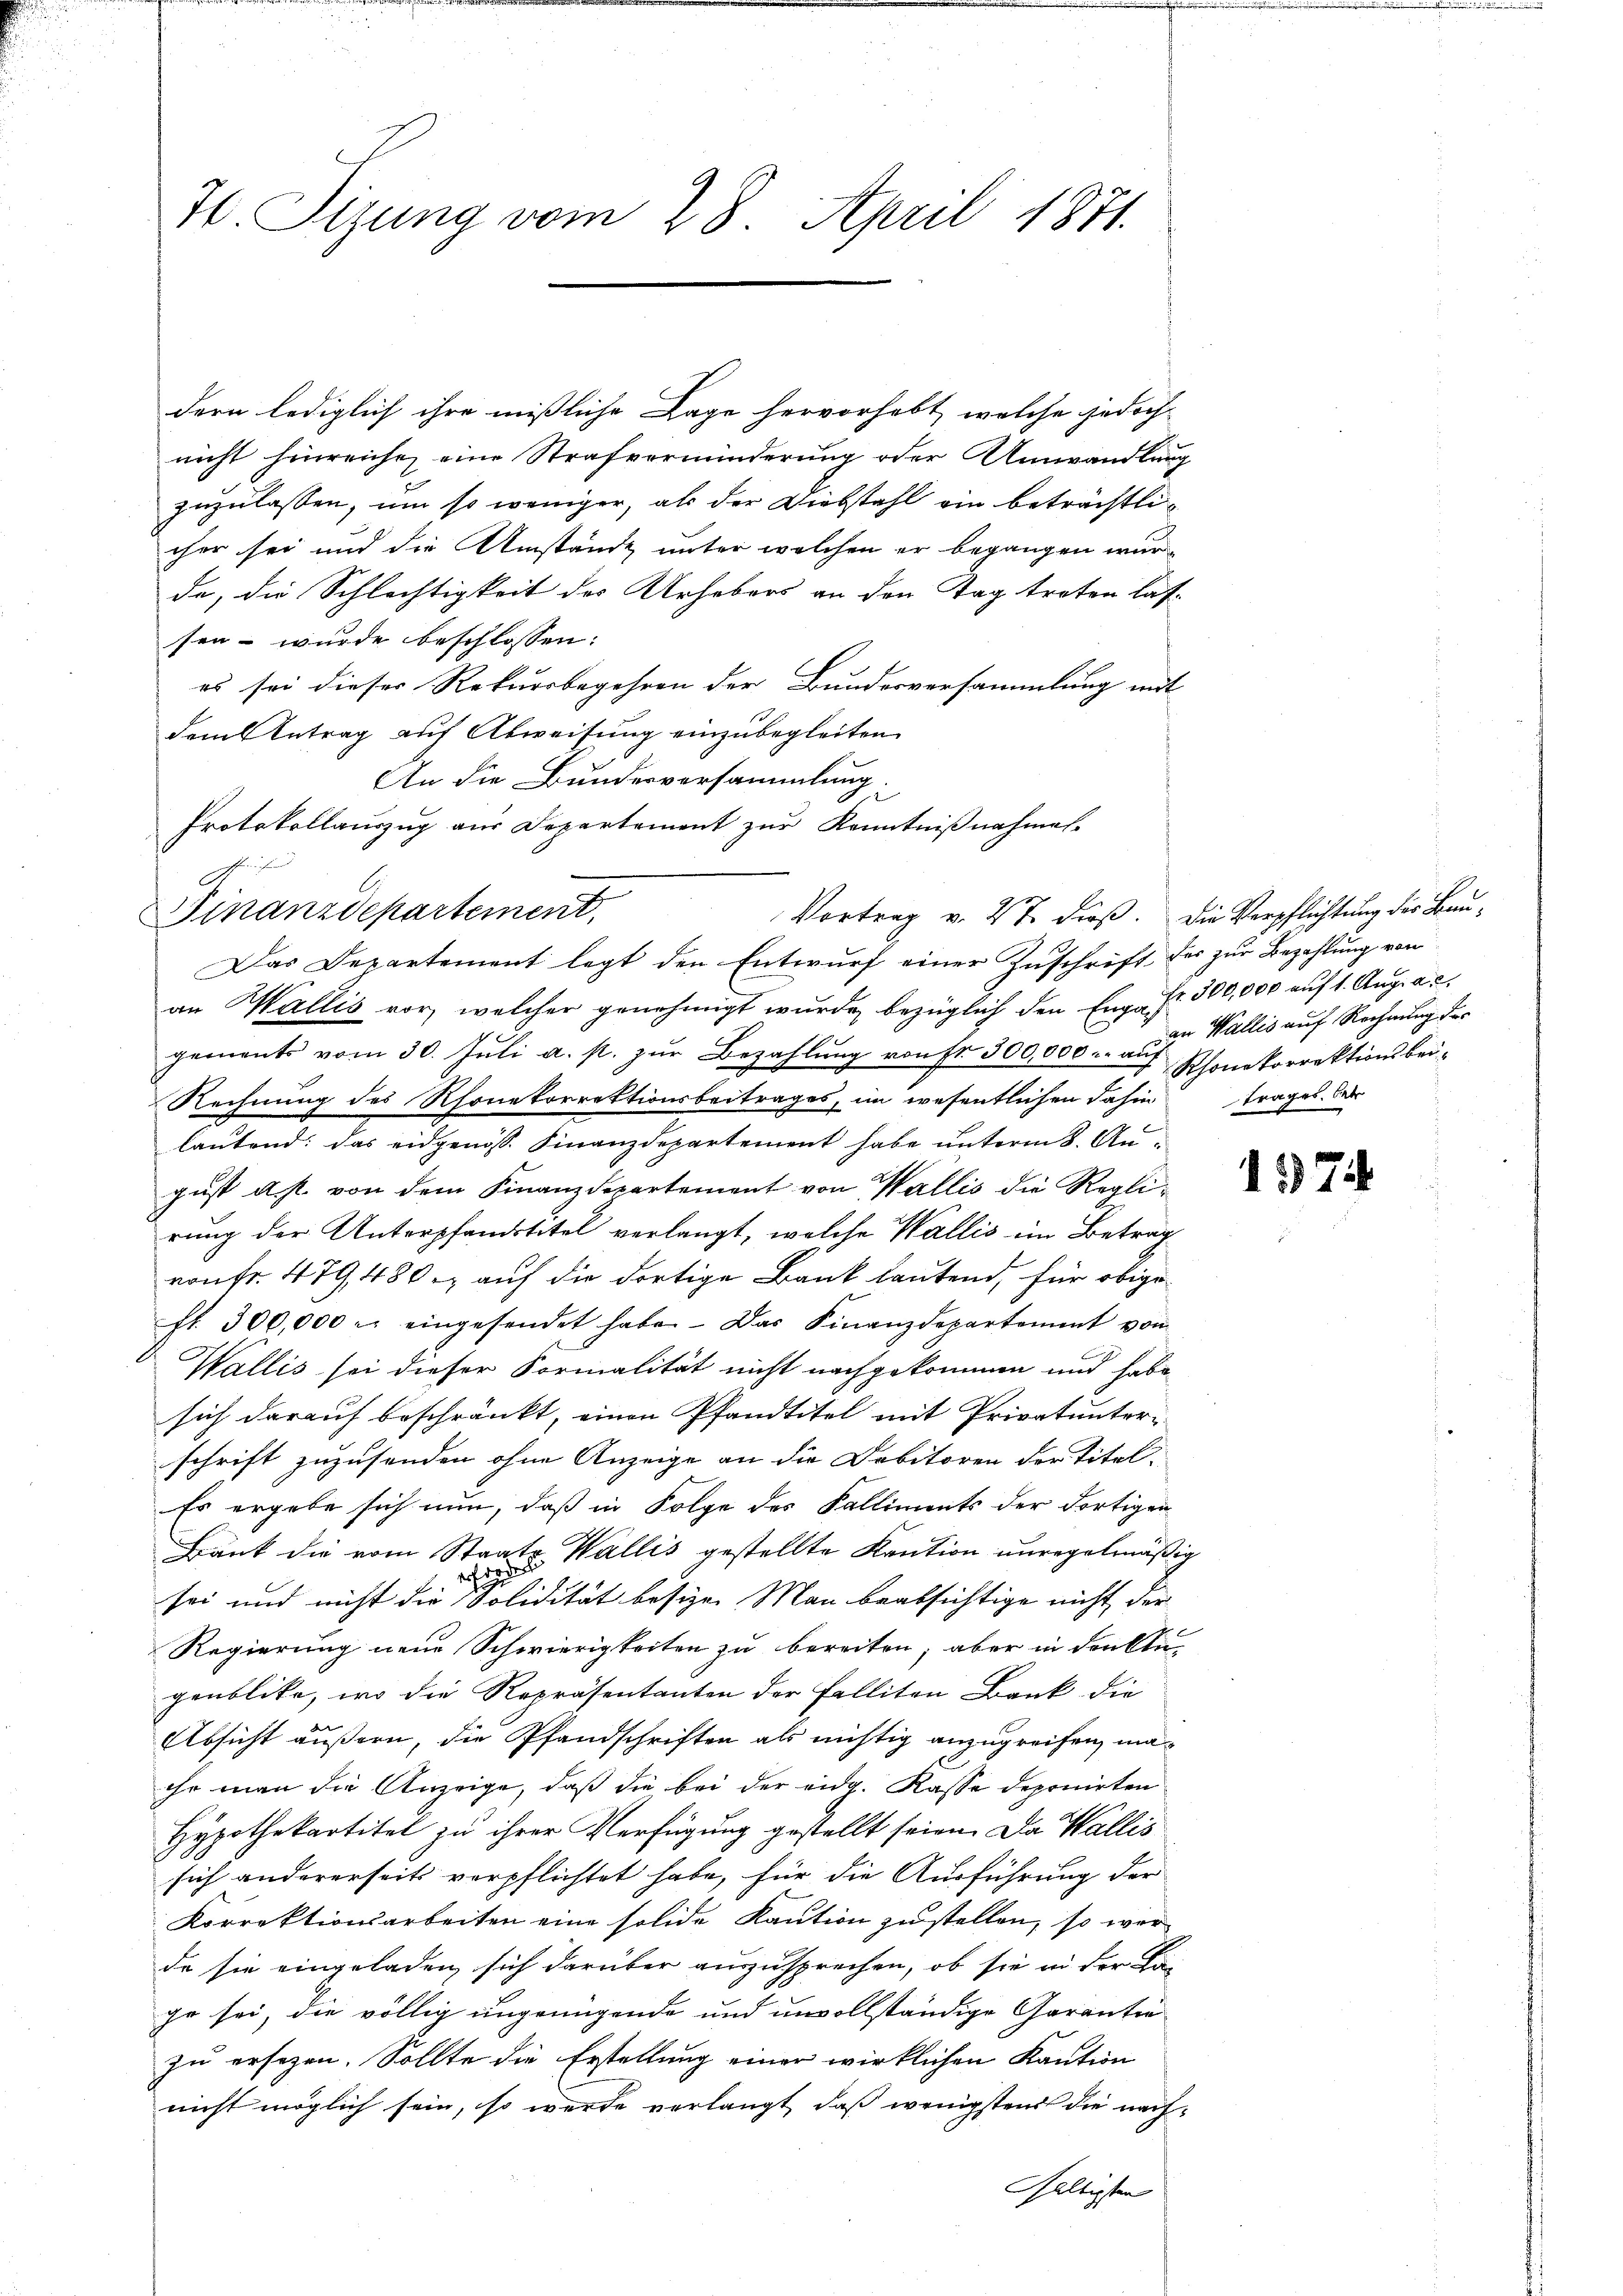
I Sizung vom 28. April 1871.

dern lediglich ihre mißliche Lage hervorhebt, welche jedoch
nicht hinreiche, eine Strafverminderung oder Umwandlung
zuzulassen, um so weniger, als der Diebstahl ein beträchtlicher sei und die Umstände unter welchen er begangen wurde, die Schlechtigkeit des Urhebers an den Tag treten las-
sen wurde beschlossen:
es sei dieser Rekursbegehren der Bundesversammlung mit
dem Antrag auf Abweisung einzubegleiten.
An die Bundesversammlung.
Protokollauszug aus Departement zur Kenntnißnahmes-
e
Finanzdepartement,
Das Departement legt den Entwurf einer Zuschrift des zur Bezahlung von
an Wallis vor, welcher genehmigt wurde, bezüglich den Engad. 300,000 auf 1. Aug. a. 2.
gements vom 30. Jŭli a. p. zŭr Bezahlŭng von Fr. 300,000. aŭf Rhonkorrektionsbei-
Rechnung des Rhonetorrektionsbeitrages, im wesentlichen dahin
lautend: das eidgenöss. Finanzdepartement habe unterm 8. August a. p. von dem Finanzdepartement von Wallis die Reglirung der Unterpfandstitel verlangt, welche Wallis im Betrag
von fr. 479, 480. auf die dortige Bank lautend, für obige
fl. 300,000 r. eingesendet habe. Das Finanzdepartement vom
Wallis sei dieser Formalität nicht nachgekommen und habe
sich darauf beschränkt, einen Pfandtitel mit Privatunterschrift zuzusenden ohne Anzeige an die Debitoren der Titel-
Es ergebe sich nun, daß in Folge des Falliments der dortigen
Bank die vom Staats- Wallis gestellte Kaution unregelmäßig
r
sei und nicht die Solidität besizen Man beabsichtige nicht der
Regierung neue Schwierigkeiten zu bereiten; aber in den klugenblicke, wo die Repräsentanten der Falliten Bank die
Absicht äußern, die Pfandschriften als nichtig anzugreifen, maihr man die Anzeige, daß die bei der eidg. Kasse deponirten
Hypothekartitel zu ihrer Verfügung gestellt seien. Da Wallis
sich andererseits verpflichtet habe, für die Ausführung der
Korrektionsarbeiten eine solide Kaution zu stellen, so werde sie eingeladen, sich darüber auszusprechen, ob sie in der Lan
ge sei, die völlig ungenügende und unvollständige Garantie
zu ersezen. Sollte die Erstellung einer wirklichen Kaution
nicht möglich sein, so werde verlangt, daß wenigstens die nach-
Galtigten

Vortrag v. 27. dieß. Die Verpflichtung der Bau¬

an Wallis auf Rechnung der
frages. Betr

137